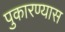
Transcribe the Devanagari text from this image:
पुकारण्यास